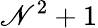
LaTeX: \mathscr{N}^{2}+1